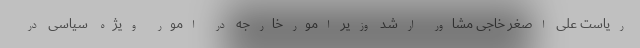
ریاست علی اصغر خاجی مشاور ارشد وزیر امورخارجه در امور ویژه سیاسی در